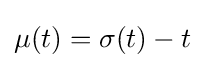
\mu (t)=\sigma (t)-t